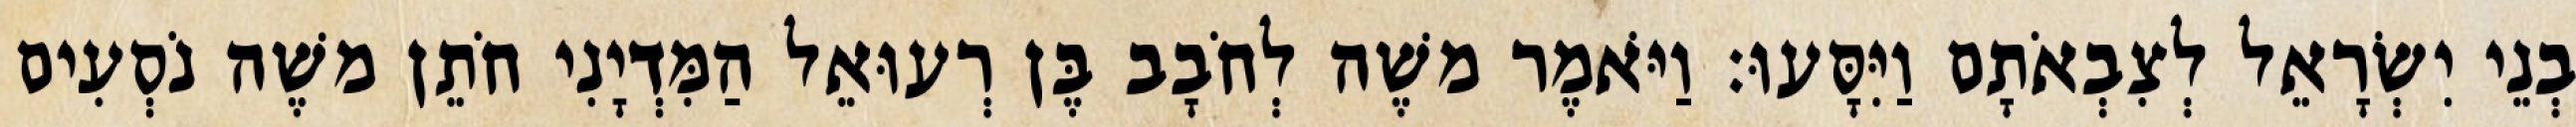
בְנֵי יִשְׂרָאֵל לְצִבְאֹתָם וַיִּסָּעוּ׃ וַיֹּאמֶר משֶׁה לְחֹבָב בֶּן רְעוּאֵל הַמִּדְיָנִי חֹתֵן משֶׁה נֹסְעִים